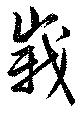
峩